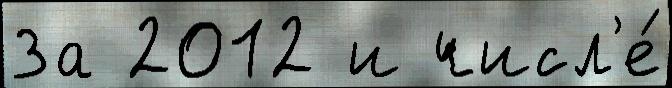
За 2012 и числ'е́